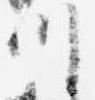
川